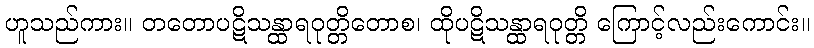
ဟူသည်ကား။ တတောပဋိသန္ထာရဝုတ္တိတောစ၊ ထိုပဋိသန္ထာရဝုတ္တိ ကြောင့်လည်းကောင်း။